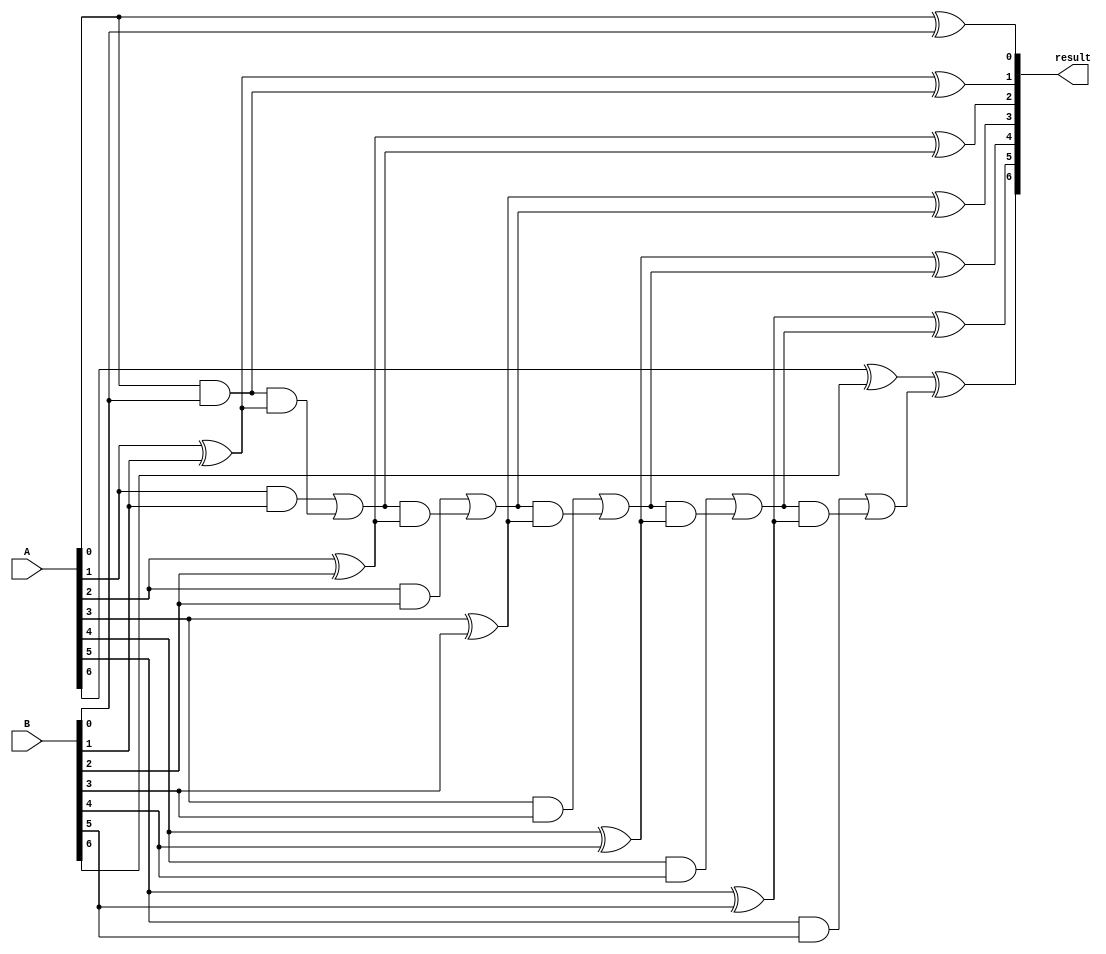
module ripple_carry_subtractor(
    input [7:0] A,
    input [7:0] B,
    output reg [7:0] result
);

reg [7:0] carry;
reg [7:0] sum;

initial begin
    carry[0] = 1'b0;
    sum[0] = A[0] ^ B[0] ^ carry[0];
    carry[1] = (A[0] & B[0]) | (carry[0] & (A[0] ^ B[0]));
    sum[1] = A[1] ^ B[1] ^ carry[1];
    carry[2] = (A[1] & B[1]) | (carry[1] & (A[1] ^ B[1]));
    sum[2] = A[2] ^ B[2] ^ carry[2];
    carry[3] = (A[2] & B[2]) | (carry[2] & (A[2] ^ B[2]));
    sum[3] = A[3] ^ B[3] ^ carry[3];
    carry[4] = (A[3] & B[3]) | (carry[3] & (A[3] ^ B[3]));
    sum[4] = A[4] ^ B[4] ^ carry[4];
    carry[5] = (A[4] & B[4]) | (carry[4] & (A[4] ^ B[4]));
    sum[5] = A[5] ^ B[5] ^ carry[5];
    carry[6] = (A[5] & B[5]) | (carry[5] & (A[5] ^ B[5]));
    sum[6] = A[6] ^ B[6] ^ carry[6];
    carry[7] = (A[6] & B[6]) | (carry[6] & (A[6] ^ B[6]));
    result = {sum[7], sum[6], sum[5], sum[4], sum[3], sum[2], sum[1], sum[0]};
end

endmodule